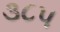
૩૮૫